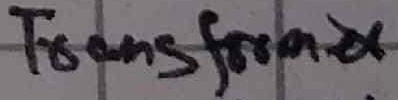
Text: Transformer